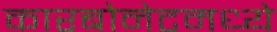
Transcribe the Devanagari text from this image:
कारबोनेटमध्ये